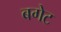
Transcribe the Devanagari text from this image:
बगेट